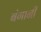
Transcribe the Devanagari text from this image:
बंगानी